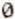
0